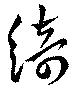
綺